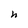
Character: h